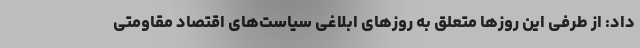
داد: از طرفی این روزها متعلق به روزهای ابلاغی سیاست‌های اقتصاد مقاومتی